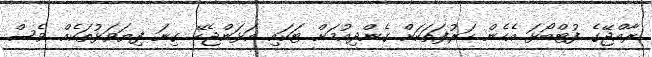
ރާއްޖޭގެ ފުޓްބޯޅަ އެހެން ހަރުފަތަކަށް ގެންދިއުމަށް ޓަކައި އަޅަންޖެހޭ ގިނަ ފިޔަވަޅުތަކެއް ވެސް